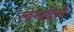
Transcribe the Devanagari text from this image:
लेनदेनें